Annual report on the working of the mental hospitals in the Madras Presidency - 1912-1932
Year: 1912
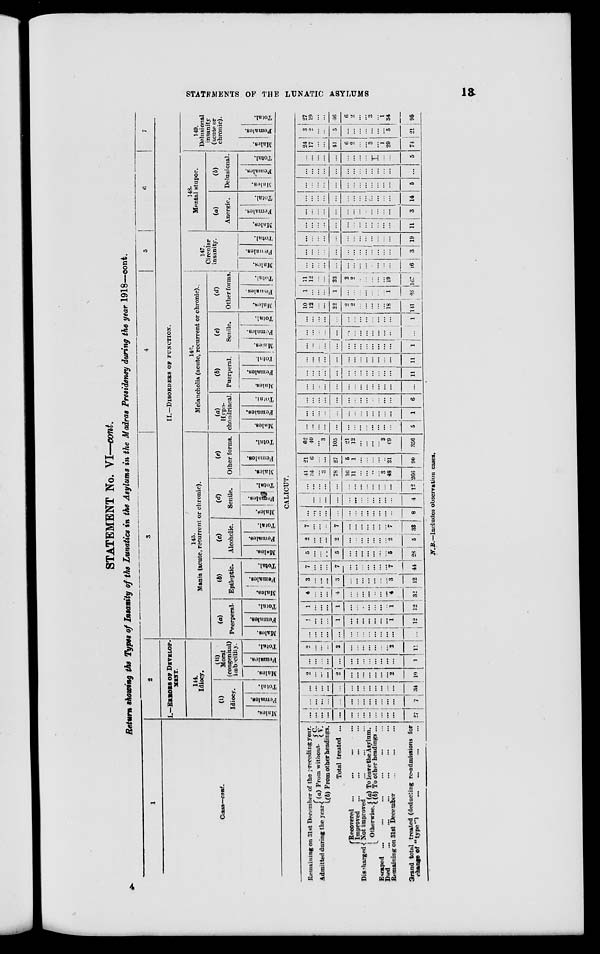
STATEMENTS OF THE LUNATIC ASYLUMS
13
STATEMENT No. VI—cont.
Return showing the Types of Insanity of the Lunatics in the Asylums in the Madras Presidency during the year 1918—cont.
1
Class—cont.
2
I.—ERRORS OF DEVELOP-
MENT.
144.
Idiocy.
(i)
Idiocy.
Males.
Females.
Total.
(ii)
Moral
(congenital)
imbecility.
Males.
Females.
Total.
3
4
5
6
7
II.—DISORDERS OF FUNCTION.
145.
Mania (acute, recurrent or chronic).
(a)
Puerperal.
Males.
Females.
Total.
(b)
Epileptic.
Males.
Females.
Total.
(c)
Alcoholic.
Males.
Females.
Total.
(d)
Senile.
Males.
Females.
Total.
(e)
Other forms.
Males.
Females.
Total.
146.
Melancholia (acute, recurrent or chronic).
(a)
Hypo-
chondriacal
Males.
Females.
Total.
(b)
Puerperal.
Males.
Females.
Total.
(c)
Senile.
Males.
Females.
Total.
(d)
Other forms.
Males.
Females.
Total.
147.
Circular
insanity.
Males.
Females.
Total.
148.
Mental stupor.
(a)
Anergic.
Males.
Females.
Total.
(b)
Delusional.
Males.
Females.
Total.
149.
Delusional
insanity
(acute or
chronic).
Males.
Females.
Total.
CALICUT.
Remaining on 31st December of the preceding year.
Admitted during the year.
(a) From without.
C.
V.
(b) From other headings.
Total treated ...
Discharged.
Recovered ... ... ... ...
Improved ... ... ... ...
Not improved ... ... ...
Otherwise. (a) To leave the Asylum.
(b) To other headings ...
Escaped ... ... ... ... ... ...
Died ... ... ... ... ... ...
Remaining on 31st December ... ... ...
Grand total treated (deducting re-admissions for
change of "type")
...
...
...
...
...
...
...
...
...
... ...
... ...
...
...
...
...
27
...
...
...
...
...
...
...
...
...
...
...
...
...
7
...
...
...
...
...
...
...
...
...
...
...
...
...
34
2
...
...
...
2
...
...
...
...
...
...
...
2
10
...
...
...
...
...
...
...
...
...
...
...
...
...
1
2
...
...
...
2
...
...
...
...
...
...
...
2
11
...
...
...
...
...
...
...
...
...
...
...
...
...
...
1
...
...
...
1
...
...
...
...
...
...
...
1
12
1
...
...
...
1
...
...
...
...
...
...
...
1
12
4
...
...
...
4
...
...
...
...
...
...
...
4
32
3
...
...
...
3
...
...
...
...
...
...
...
3
12
7
...
...
...
7
...
...
...
...
...
...
...
7
44
5
...
...
...
5
...
...
...
...
...
...
...
5
28
2
...
...
...
2
...
...
...
...
...
...
...
2
5
7
...
...
...
7
...
...
...
...
...
...
...
7
33
...
...
...
...
...
...
...
...
...
...
...
...
...
8
...
...
...
...
...
...
...
...
...
...
...
...
...
4
...
...
...
...
...
...
...
...
...
...
...
...
...
12
41
34
...
3
78
16
11
...
...
...
...
3
48
266
21
6
...
...
27
5
1
...
...
...
...
...
21
90
62
40
...
3
105
21
12
...
...
...
...
3
69
356
...
...
...
...
...
...
...
...
...
...
...
...
...
5
...
...
...
...
...
...
...
...
...
...
...
...
...
1
...
...
...
...
...
...
...
...
...
...
...
...
...
6
...
...
...
...
...
...
...
...
...
...
...
...
...
...
...
...
...
...
...
...
...
...
...
...
...
...
...
11
...
...
...
...
...
...
...
...
...
...
...
...
...
11
...
...
...
...
...
...
...
...
...
...
...
...
...
1
...
...
...
...
...
...
...
...
...
...
...
...
...
...
...
...
...
...
...
...
...
...
...
...
...
...
...
1
10
12
...
...
22
2
2
...
...
...
...
...
18
141
1
...
...
...
1
...
...
...
...
...
...
...
1
26
11
12
...
...
23
2
2
...
...
...
...
...
19
167
...
...
...
...
...
...
...
...
...
...
...
...
...
16
...
...
...
...
...
...
...
...
...
...
...
...
...
3
...
...
...
...
...
...
...
...
...
...
...
...
...
19
...
...
...
...
...
...
...
...
...
...
...
...
...
11
...
...
...
...
...
...
...
...
...
...
...
...
...
3
...
...
...
...
...
...
...
...
...
...
...
...
...
14
...
...
...
...
...
...
...
...
...
...
...
...
...
5
...
...
...
...
...
...
...
...
...
...
...
...
...
...
...
...
...
...
...
...
...
...
...
...
...
...
...
5
24
17
...
...
41
6
2
...
...
3
...
...
29
74
3
2
...
...
5
...
...
...
...
...
...
...
5
21
27
19
...
...
46
6
2
...
...
3
...
1
34
95
N.B.—Includes observation cases.
4